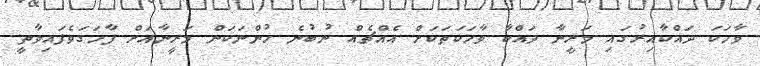
ވާހަކަ ދައްކާއިރުގައި މަރީނާ ދައްކާ ވާހަކަތަކަށް އެއްޗެއް ނުބުނެ ހުންނަކަން މަރީނާއަށް ފާހަގަވެފައިވާތީ